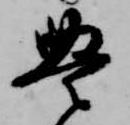
豊